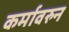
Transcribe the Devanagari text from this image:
कर्मावरुन